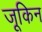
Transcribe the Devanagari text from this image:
जूकिन